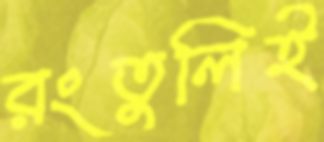
রংতুলিই